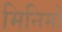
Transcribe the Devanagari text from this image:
मिनिमो